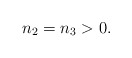
\begin{align*}n_2= n_3>0. \end{align*}